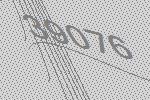
39076